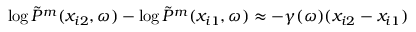
\log \Tilde { P } ^ { m } ( x _ { i 2 } , \omega ) - \log \Tilde { P } ^ { m } ( x _ { i 1 } , \omega ) \approx - \gamma ( \omega ) ( x _ { i 2 } - x _ { i 1 } )